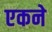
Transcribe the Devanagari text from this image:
एकने